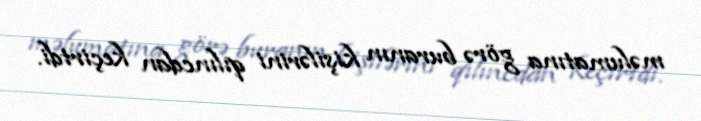
məlumatına görə buranın kişilərini qılıncdan keçirtdi.